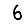
Digit: 6